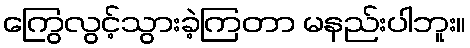
ကြွေလွင့်သွားခဲ့ကြတာ မနည်းပါဘူး။